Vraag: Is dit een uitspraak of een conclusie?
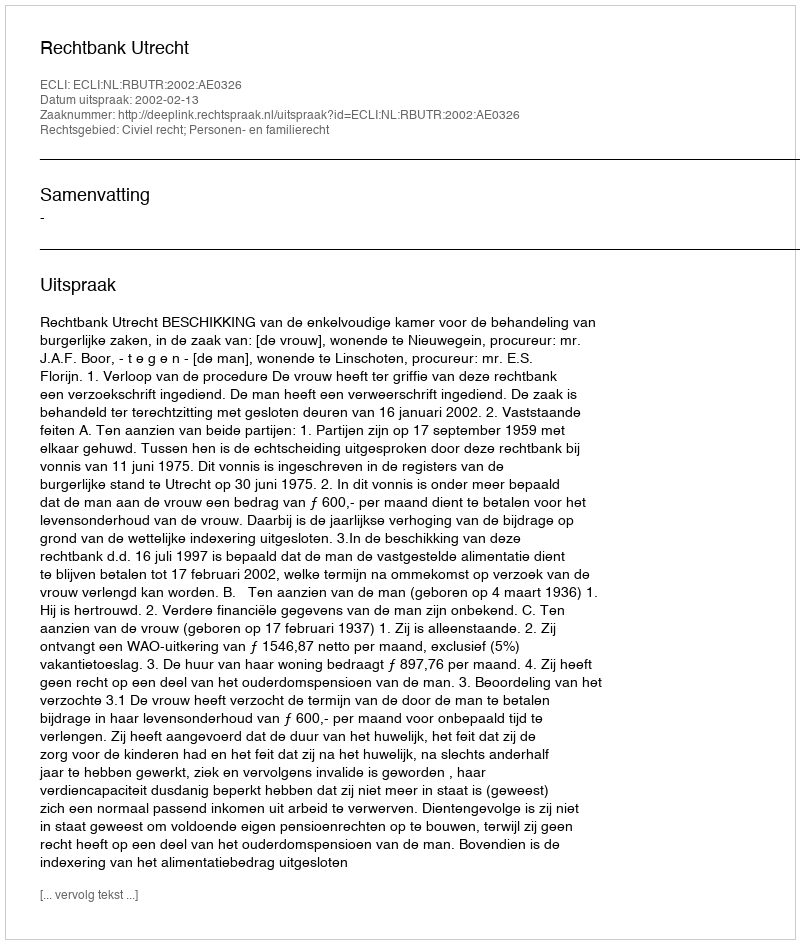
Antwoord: Uitspraak